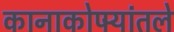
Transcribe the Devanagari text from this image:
कानाकोपर्‍यांतले